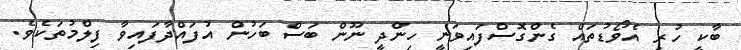
ބާކީ ހުރި އެވޯޑުތައް ގެންގޮސްފައިވަނީ ހިންދީ ނޫން ބަސް ބަހުން އުފައްދާފައިވާ ފިލްމުތަކެވެ.